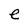
Character: e